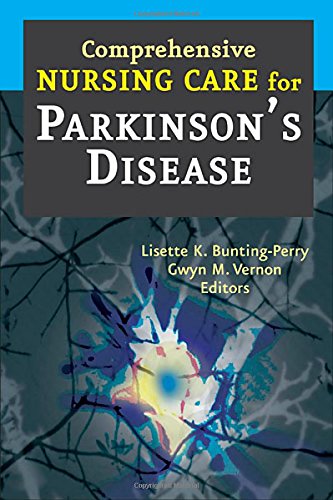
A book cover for Comprehensive Nursing Care for Parkinson's Disease; Health, Fitness & Dieting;